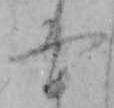
や